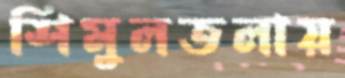
শিমুলতলায়